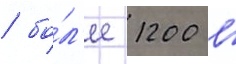
/ бо́л'ее 1200 в